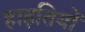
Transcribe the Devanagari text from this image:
हाइतियों